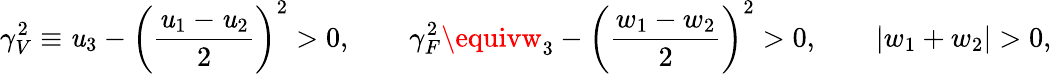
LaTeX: \gamma_{V}^{2}\equiv\mathit{u}_{3}-\left(\frac{{\mathit{u}_{1}-\mathit{u}_{2}}}{{2}}\right)^{2}>0,\qquad\gamma_{F}^{2}\equivw_{3}-\left(\frac{{w_{1}-w_{2}}}{{2}}\right)^{2}>0,\qquad\left|w_{1}+w_{2}\right|>0,